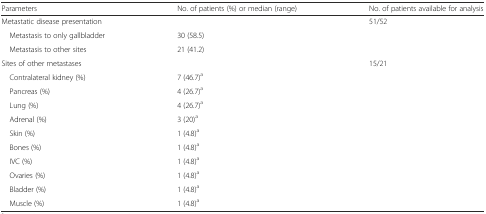
<table><thead><tr><td><b>Parameters</b></td><td><b>No. of patients (%) or median (range)</b></td><td><b>No. of patients available for analysis</b></td></tr></thead><tbody><tr><td>Metastatic disease presentation</td><td></td><td>51/52</td></tr><tr><td> Metastasis to only gallbladder</td><td>30 (58.5)</td><td></td></tr><tr><td> Metastasis to other sites</td><td>21 (41.2)</td><td></td></tr><tr><td>Sites of other metastases</td><td></td><td>15/21</td></tr><tr><td> Contralateral kidney (%)</td><td>7 (46.7)<sup>a</sup></td><td></td></tr><tr><td> Pancreas (%)</td><td>4 (26.7)<sup>a</sup></td><td></td></tr><tr><td> Lung (%)</td><td>4 (26.7)<sup>a</sup></td><td></td></tr><tr><td> Adrenal (%)</td><td>3 (20)<sup>a</sup></td><td></td></tr><tr><td> Skin (%)</td><td>1 (4.8)<sup>a</sup></td><td></td></tr><tr><td> Bones (%)</td><td>1 (4.8)<sup>a</sup></td><td></td></tr><tr><td> IVC (%)</td><td>1 (4.8)<sup>a</sup></td><td></td></tr><tr><td> Ovaries (%)</td><td>1 (4.8)<sup>a</sup></td><td></td></tr><tr><td> Bladder (%)</td><td>1 (4.8)<sup>a</sup></td><td></td></tr><tr><td> Muscle (%)</td><td>1 (4.8)<sup>a</sup></td><td></td></tr></tbody></table>